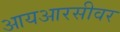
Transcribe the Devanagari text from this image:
आयआरसीवर